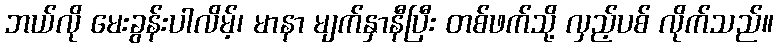
ဘယ်လို မေးခွန်းပါလိမ့်၊ မာနာ မျက်နှာနီပြီး တစ်ဖက်သို့ လှည့်ပစ် လိုက်သည်။